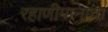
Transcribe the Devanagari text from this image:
रहाणीमानाचा